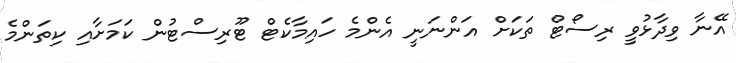
އޭނާ ވިދާޅުވީ ރިސޯޓް ތަކަށް އަންނަނީ އެންމެ ހައިމާކެޓް ޓޫރިސްޓުން ކަމަށާއި ކިތަންމެ